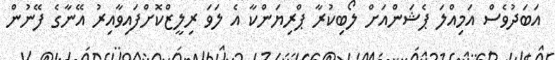
އަބަދުވެސް އަމިއްލަ ޕެޝަންއަށް ލޯބިކުރާ ޕްރިޔަންކާ އެ ލަވަ ރިލީޒްކޮށްފައިވާއިރު އޭނާގެ ފޭނުން